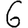
Digit: 6